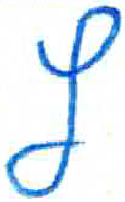
אות: ץ